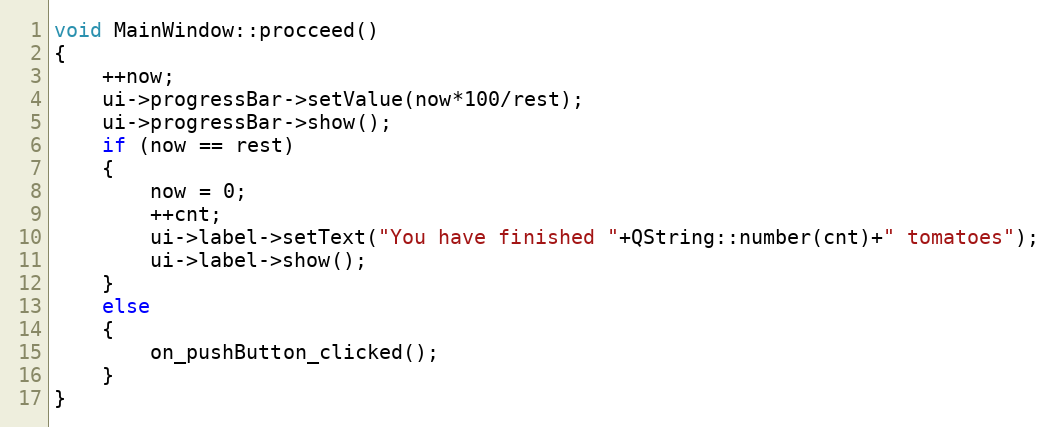
Language: C++
void MainWindow::procceed()
{
    ++now;
    ui->progressBar->setValue(now*100/rest);
    ui->progressBar->show();
    if (now == rest)
    {
        now = 0;
        ++cnt;
        ui->label->setText("You have finished "+QString::number(cnt)+" tomatoes");
        ui->label->show();
    }
    else
    {
        on_pushButton_clicked();
    }
}